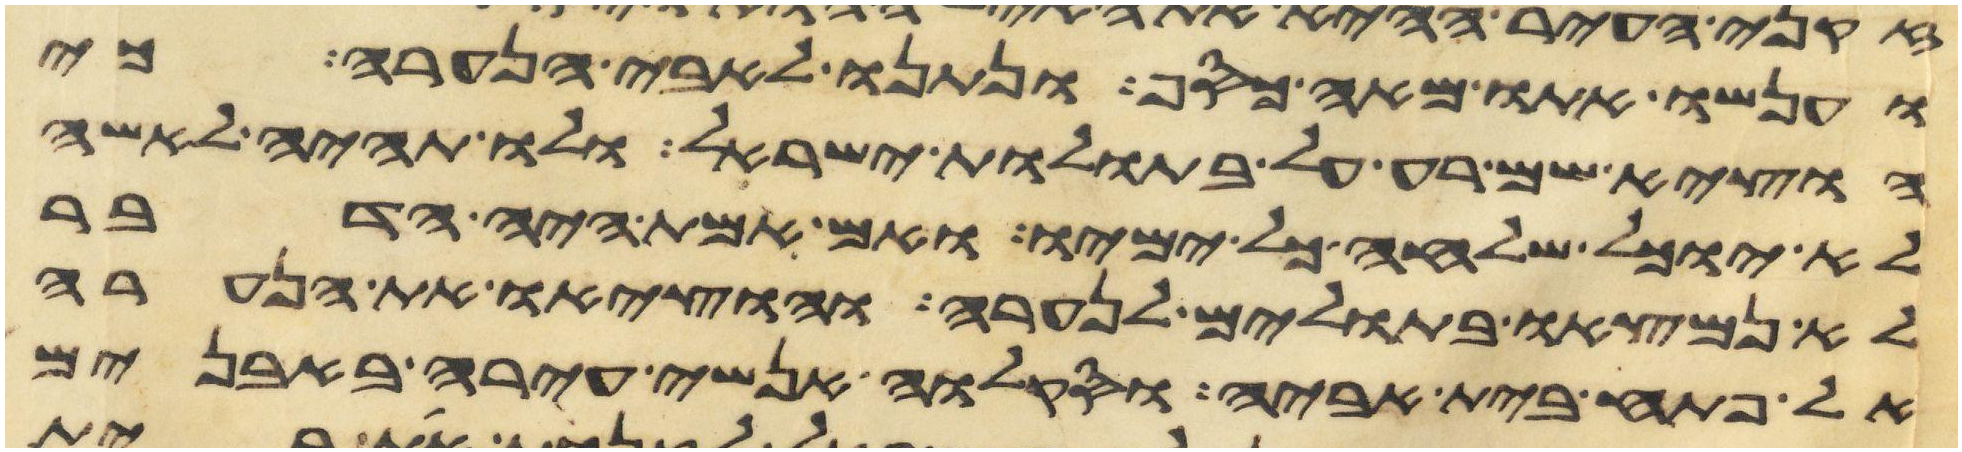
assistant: וענשו אתו מאה כסף ונתנו לאבי הנערה כי
הוציא שם רע על בתולת ישראל ולו תהיה לאשה
לא יוכל שלחה כל ימיו ואם אמת היה הדבר
לא נמצאו בתולים לנערה והוציאו את הנערה
אל פתח בית אביה וסקלוה אנשי עירה באבנים